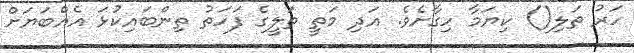
ހަރު ތަލި() ކިޔަމާ ހިގާށެވެ. އަދި މަތީ ތަލީގެ ފަހަތު ތިންބައިކުޅަ އެއްބަޔަށް